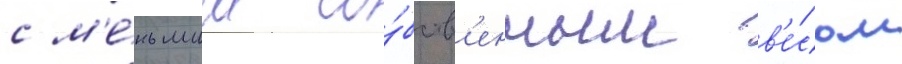
с м'е́ньшим со́бств'енным в'е́сом